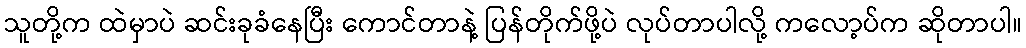
သူတို့က ထဲမှာပဲ ဆင်းခုခံနေပြီး ကောင်တာနဲ့ ပြန်တိုက်ဖို့ပဲ လုပ်တာပါလို့ ကလော့ပ်က ဆိုတာပါ။